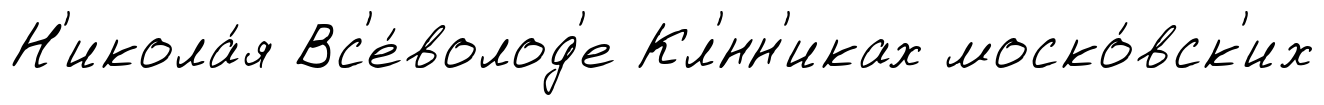
Н'икола́я Вс'е́волод'е Кл'́нн'иках моско́вск'их